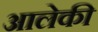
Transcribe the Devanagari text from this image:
आलेकी